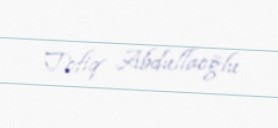
Tofiq Abdullaoğlu